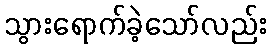
သွားရောက်ခဲ့သော်လည်း